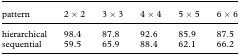
| pattern | 2 × 2 | 3 × 3 | 4 × 4 | 5 × 5 | 6 × 6 |
 | --- | --- | --- | --- | --- | --- |
 | hierarchical | 98.4 | 87.8 | 92.6 | 85.9 | 87.5 |
 | sequential | 59.5 | 65.9 | 88.4 | 62.1 | 66.2 |